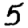
Digit: 5